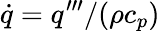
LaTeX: \dot{q}=q^{\prime\prime\prime}/(\rho c_{p})